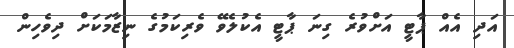
އަދި އެއް ޕާޓީ އަށްވުރެ ގިނަ ޕާޓީ އެކުލެވޭ ވެރިކަމުގެ ނިޒާމަކަށް ދިވެހިން